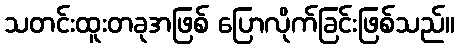
သတင်းထူးတခုအဖြစ် ပြောလိုက်ခြင်းဖြစ်သည်။